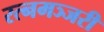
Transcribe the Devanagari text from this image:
रत्नमञ्जरी